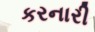
કરનારી